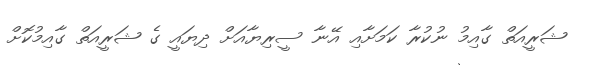
ޝަރީއަތް ގާއިމު ނުކުރާ ކަމަށާއި އޭނާ ސީރިޔާއަށް ދިޔައީ ގެ ޝަރީއަތް ގާއިމުކޮށް